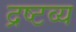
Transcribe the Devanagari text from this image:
द्रष्‍टव्य